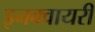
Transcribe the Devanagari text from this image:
इनक्वायरी